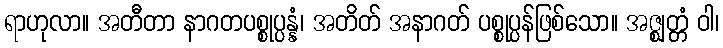
ရာဟုလာ။ အတီတာ နာဂတပစ္စုပ္ပန္နံ၊ အတိတ် အနာဂတ် ပစ္စုပ္ပန်ဖြစ်သော။ အဇ္ဈတ္တံ ဝါ၊